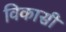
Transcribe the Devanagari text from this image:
विकासी